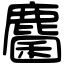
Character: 麕